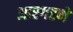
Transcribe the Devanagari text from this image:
आरगटणे